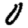
Digit: 0